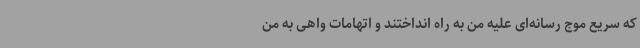
که سریع موج رسانه‌ای علیه من به راه انداختند و اتهامات واهی به من